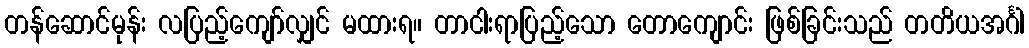
တန်ဆောင်မုန်း လပြည့်ကျော်လျှင် မထားရ။ တာငါးရာပြည့်သော တောကျောင်း ဖြစ်ခြင်းသည် တတိယအင်္ဂါ